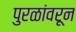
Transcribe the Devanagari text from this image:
पुरळांवरून